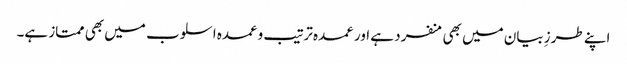
اپنے طرزِ بیان میں بھی منفرد ہے اور عمدہ ترتیب وعمدہ اسلوب میں بھی ممتاز ہے۔